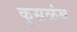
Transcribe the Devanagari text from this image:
कुसळंब